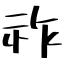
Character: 祚